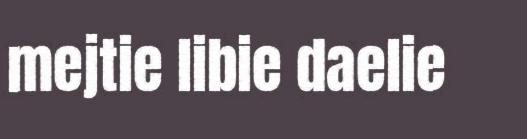
mejtie libie daelie